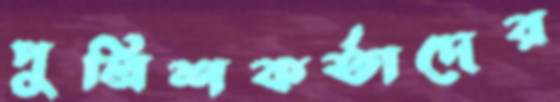
পুলিশকর্তাদের